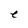
Character: e